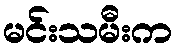
မင်းသမီးက